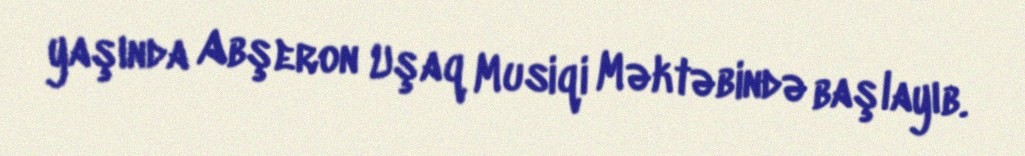
yaşında Abşeron Uşaq Musiqi Məktəbində başlayıb.